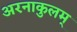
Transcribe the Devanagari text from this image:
अरनाकुलम्‌